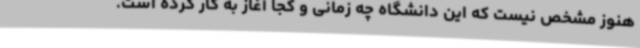
هنوز مشخص نیست که این دانشگاه چه زمانی و کجا آغاز به کار کرده است.